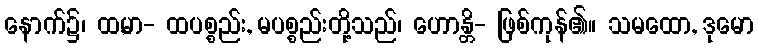
နောက်၌၊ ထ,မာ- ထပစ္စည်း, မပစ္စည်းတို့သည်၊ ဟောန္တိ- ဖြစ်ကုန်၏။ သမထော, ဒုမော